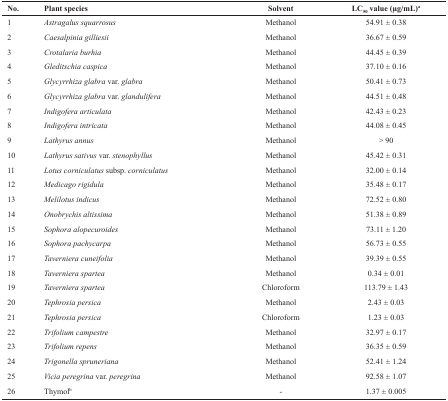
| No. | Plant species | Solvent | LC50value (μg/mL)a |
 | --- | --- | --- | --- |
 | 1 | Astragalus squarrosus | Methanol | 54.91 ± 0.38 |
 | 2 | Caesalpinia gilliesii | Methanol | 36.67 ± 0.59 |
 | 3 | Crotalaria burhia | Methanol | 44.45 ± 0.39 |
 | 4 | Gleditschia caspica | Methanol | 37.10 ± 0.16 |
 | 5 | Glycyrrhiza glabra var. glabra | Methanol | 50.41 ± 0.73 |
 | 6 | Glycyrrhiza glabra var. glandulifera | Methanol | 44.51 ± 0.48 |
 | 7 | Indigofera articulata | Methanol | 42.43 ± 0.23 |
 | 8 | Indigofera intricata | Methanol | 44.08 ± 0.45 |
 | 9 | Lathyrus annus | Methanol | > 90 |
 | 10 | Lathyrus sativus var. stenophyllus | Methanol | 45.42 ± 0.31 |
 | 11 | Lotus corniculatus subsp. corniculatus | Methanol | 32.00 ± 0.14 |
 | 12 | Medicago rigidula | Methanol | 35.48 ± 0.17 |
 | 13 | Melilotus indicus | Methanol | 72.52 ± 0.80 |
 | 14 | Onobrychis altissima | Methanol | 51.38 ± 0.89 |
 | 15 | Sophora alopecuroides | Methanol | 73.11 ± 1.20 |
 | 16 | Sophora pachycarpa | Methanol | 56.73 ± 0.55 |
 | 17 | Taverniera cuneifolia | Methanol | 39.39 ± 0.55 |
 | 18 | Taverniera spartea | Methanol | 0.34 ± 0.01 |
 | 19 | Taverniera spartea | Chloroform | 113.79 ± 1.43 |
 | 20 | Tephrosia persica | Methanol | 2.43 ± 0.03 |
 | 21 | Tephrosia persica | Chloroform | 1.23 ± 0.03 |
 | 22 | Trifolium campestre | Methanol | 32.97 ± 0.17 |
 | 23 | Trifolium repens | Methanol | 36.35 ± 0.59 |
 | 24 | Trigonella spruneriana | Methanol | 52.41 ± 1.24 |
 | 25 | Vicia peregrina var. peregrina | Methanol | 92.58 ± 1.07 |
 | 26 | Thymolb | - | 1.37 ± 0.005 |